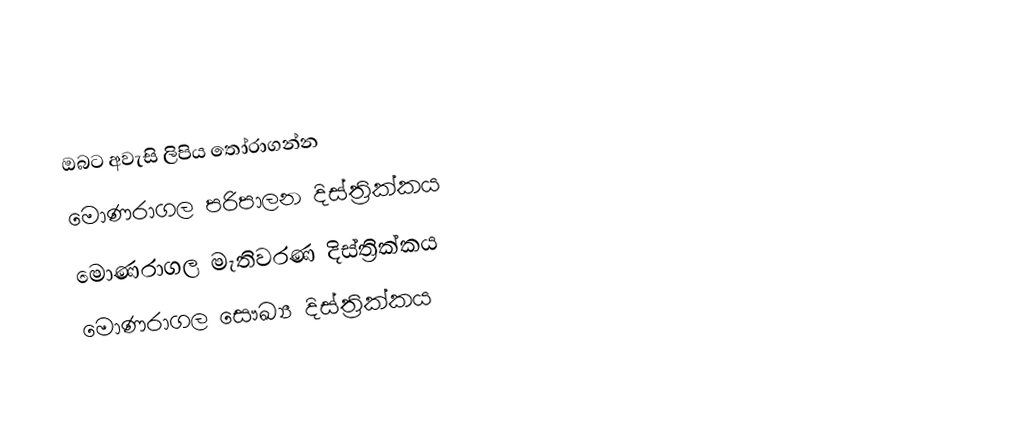
ඔබට අවැසි ලිපිය තෝරාගන්න
 මොණරාගල පරිපාලන දිස්ත්‍රික්කය
 මොණරාගල මැතිවරණ දිස්ත්‍රික්කය
 මොණරාගල සෞඛ්‍ය දිස්ත්‍රික්කය